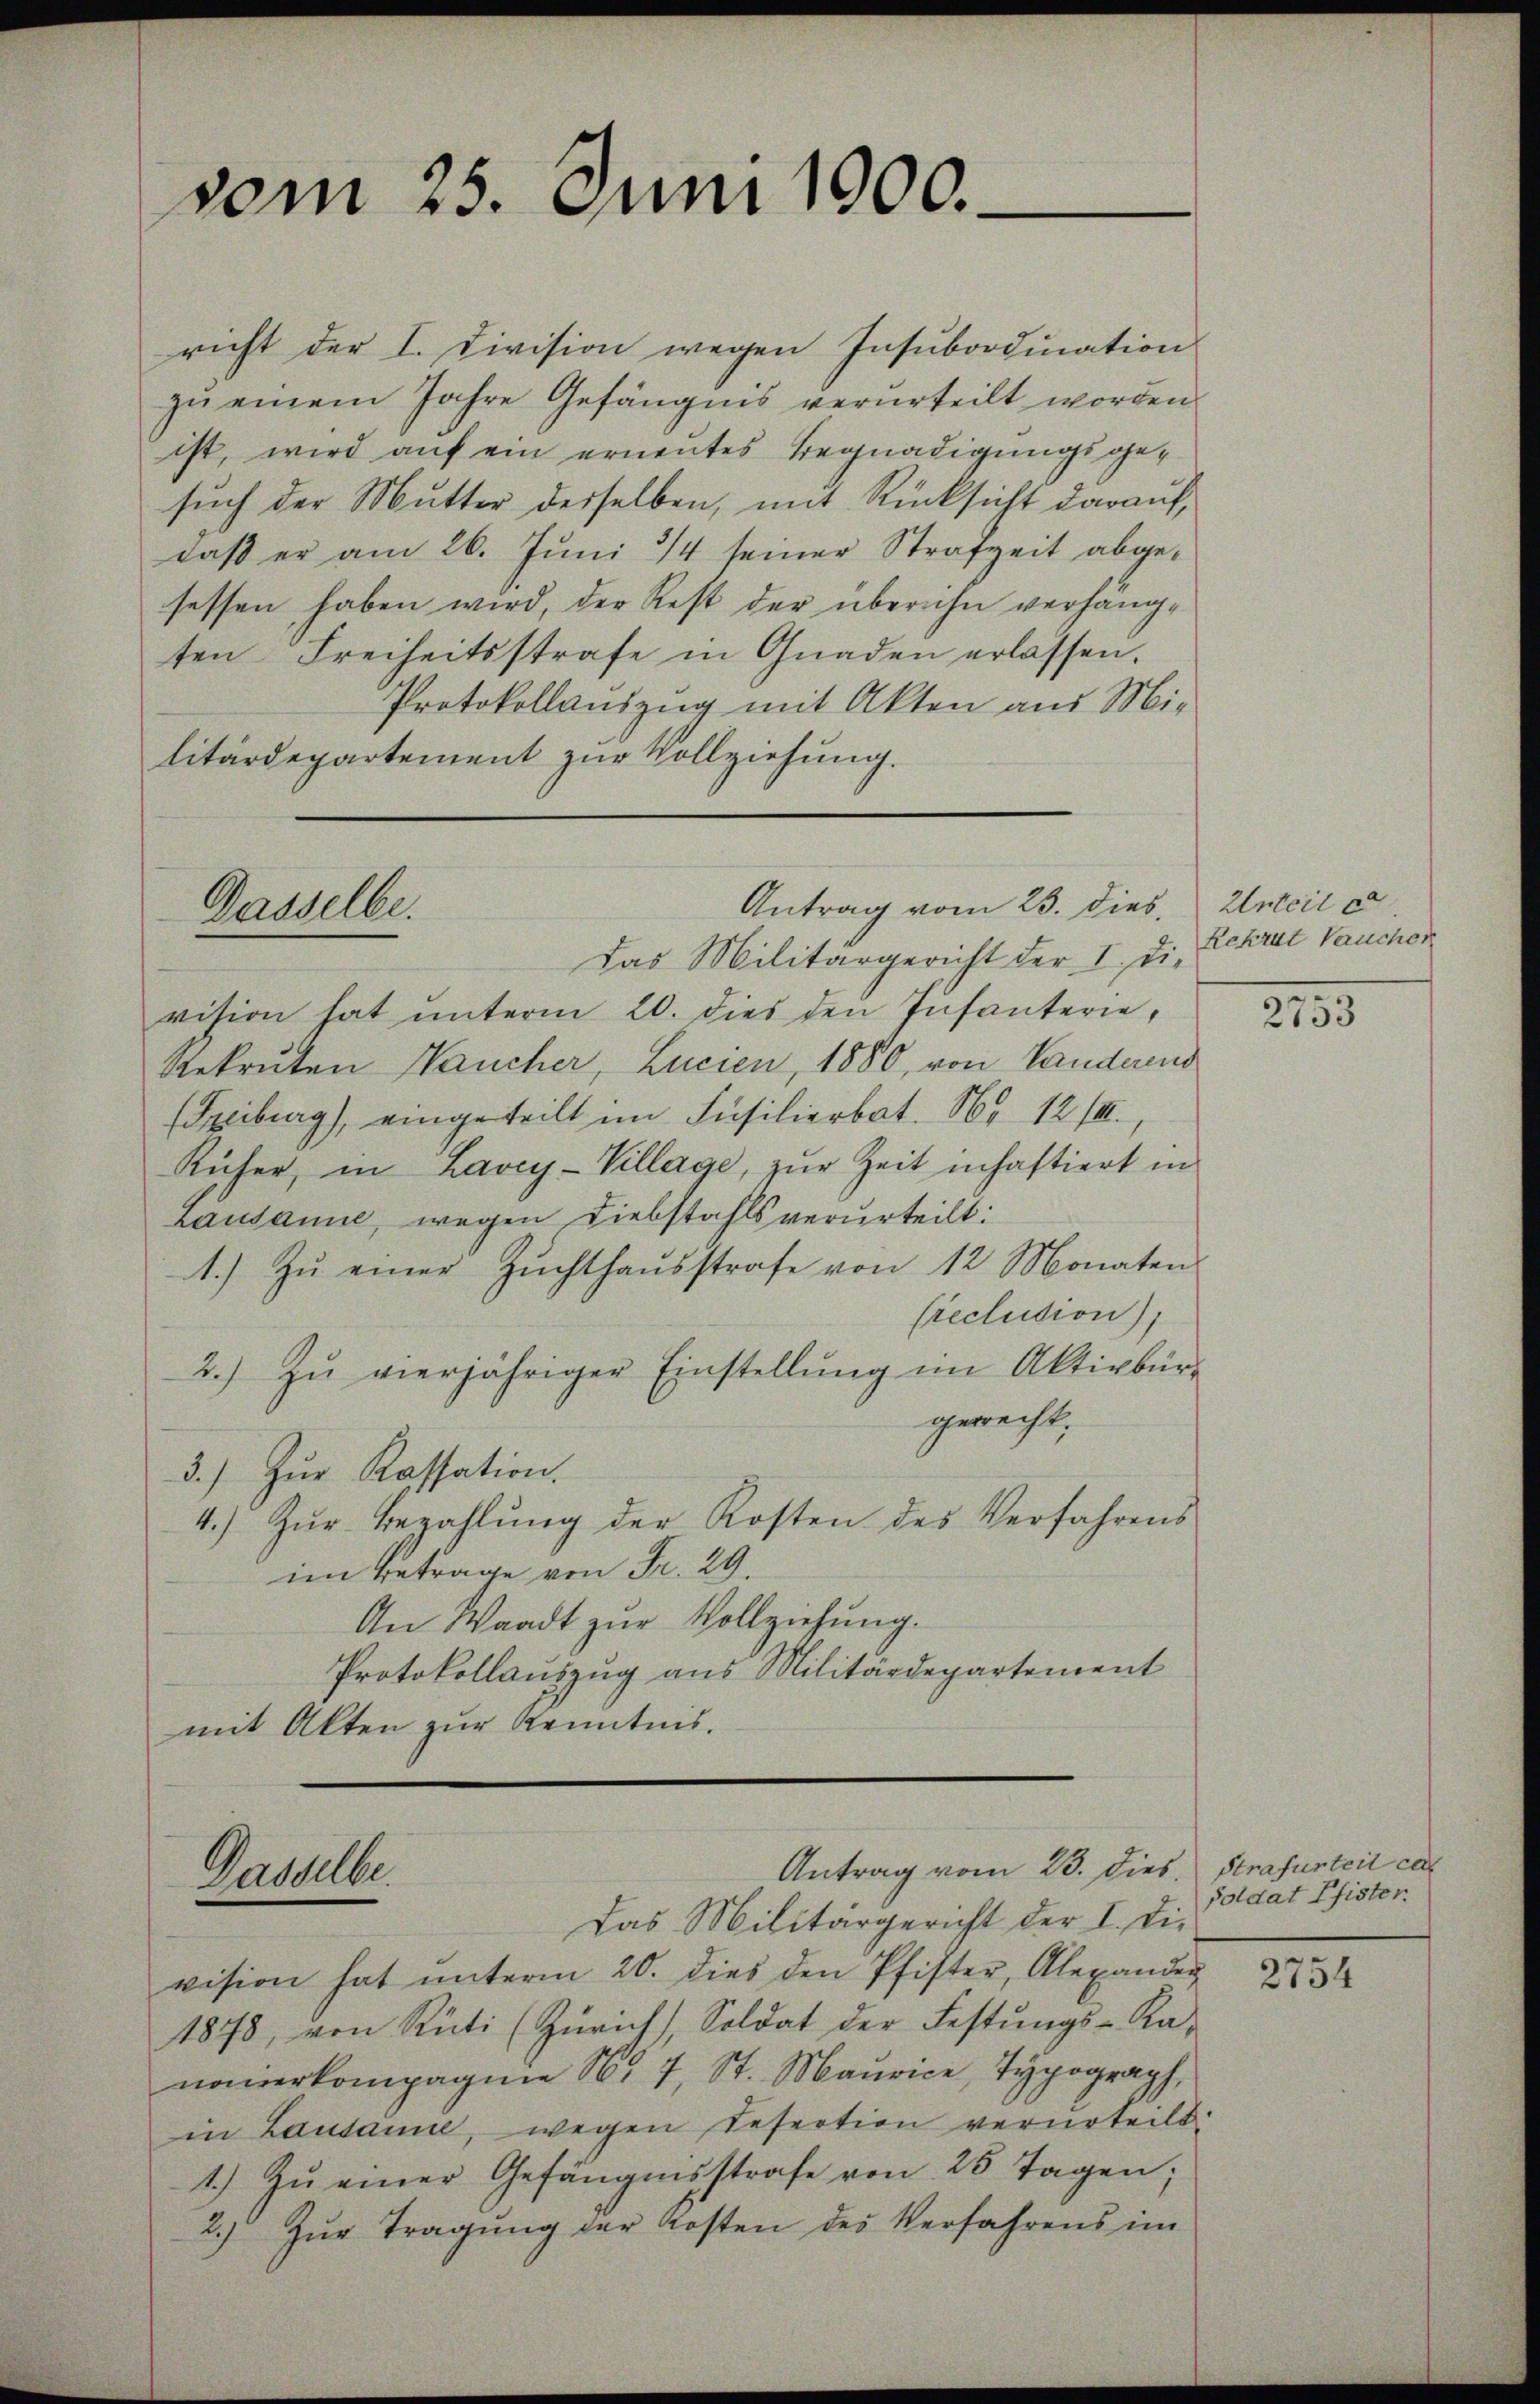
vom 25. Juni 1900.

richt der I. Division wegen Insubordination
zu einem Jahre Gefängnis verurteilt worden
ist, wird auf ein erneutes Begnadigungsgesuch der Mutter desselben, mit Rücksicht darauf,
daß er am 26. Juni 14 seiner Strafzeit abgesessen haben wird, der Rest der über ihn verhängten Freiheitsstrafe in Gnaden erlassen.
Protokollauszug mit Akten aus Mi-
litärdepartement zur Vollziehung.
Das Militärgericht der I. Die
vision hat unterm 20. dies den Infanterie,
Rekruten aucher, Lucien, 1880, von Landerend
(Spiburg), eingeteilt im Füsilierbat. No 12/II.,
Rüher, in Lavey-Village, zŭr Zeit inhaftiert in
rausanne, wegen Diebstahls verurteilt:
1.) Zŭ einer Zŭchthaŭsstrafe von 12 Monaten
(reclusion),
2.) Zŭ vierjähriger Einstellŭng im Aktivbür
gerecht.
3.) Zur Kassation.
4.) Zŭr Bezahlŭng der Kosten des Verfahrens
im Betrage von Fr. 29.
An Waadt zŭr Vollziehung.
Protokollauszug aus Militärdepartement
mit Akten zur Kenntnis.

Dasselbe.

Dasselbe.

Antrag vom 25. dies

Antrag vom 23. dies, Strafurteil ca

Das Militärgericht der I. Die
vision hat ŭnterm 20. dies den Pfister, Alexander
1878, von Rüti (Zürich, Soldat der Festŭngs-Ka-
nauerkompagnie Nr. 7, St. Maurice, Typograph,
in Lausanne, wegen Refertion verurteilt
1.) Zu einer Gefängnisstrafe von 25 Tagen;
2.) Zŭr Tragŭng der Kosten des Verfahrens im

Urteil e
Rekrut Vaucher

2753

soldat Pfister.

2754